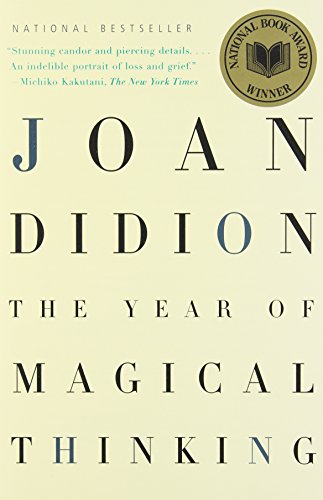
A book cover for The Year of Magical Thinking; Joan Didion; Biographies & Memoirs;